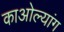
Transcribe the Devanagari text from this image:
काओल्यांग